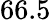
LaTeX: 66.5